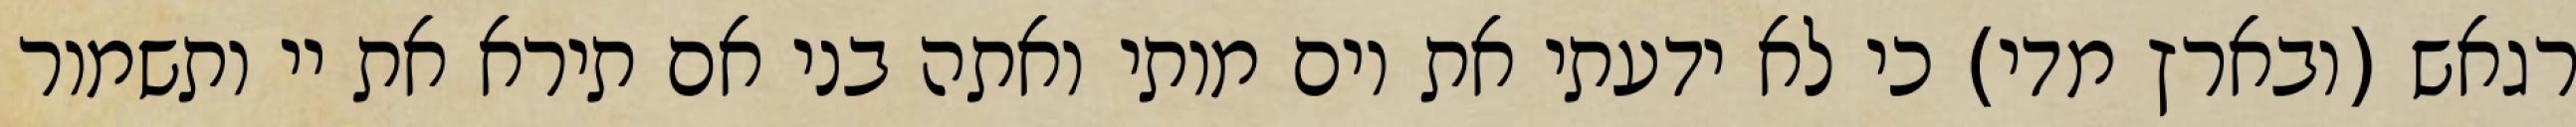
רגאש (ובארץ מדי) כי לא ידעתי את יום מותי ואתה בני אם תירא את יי ותשמור